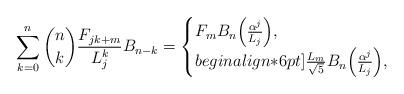
LaTeX: \begin{align*}\sum_{k = 0}^n {\binom nk \frac{F_{jk + m}}{L_j^{k}} B_{n - k} } = \begin{cases}F_m B_n \Big(\frac{\alpha ^j }{L_j}\Big), & \\begin{align*}6pt]\frac{{L_m }}{{\sqrt 5 }}B_n\Big(\frac{\alpha ^j }{L_j}\Big), & \end{cases}\end{align*}